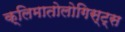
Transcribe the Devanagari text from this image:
क्लिमातोलोगिस्ट्स